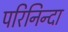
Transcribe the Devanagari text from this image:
परिनिन्दा